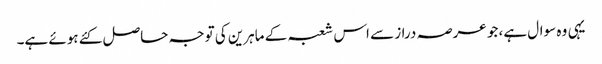
یہی وہ سوال ہے، جو عرصہ دراز سے اس شعبہ کے ماہرین کی توجہ حاصل کئے ہوئے ہے۔